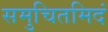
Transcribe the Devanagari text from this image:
समुचितमिदं